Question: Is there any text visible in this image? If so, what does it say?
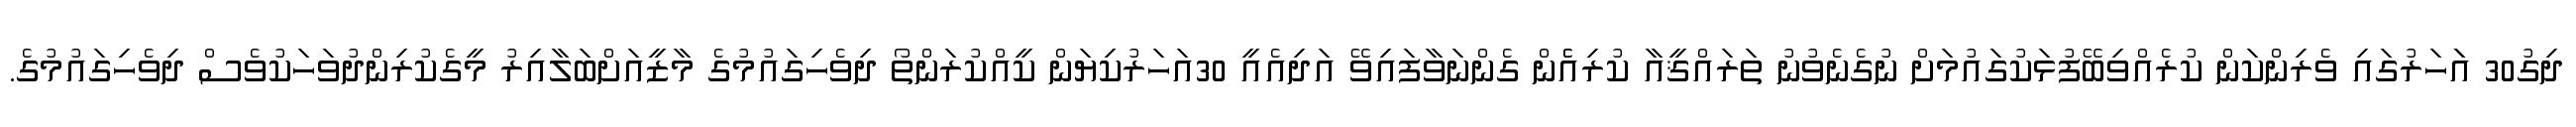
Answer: ދިގު30 އަަހަރުގައި ވެރިންކަން ކުރެއްވިބޭފުޅަކުގައުމަށް ނުގެނެވުނު ތަރައްޤީއާ ކުރިއެެން ގެންނަވާފައިވޭ އަދިއެއީ 30އަހަރުކިޔަން ކީއްކުރަންތޯ ދިވެހިގައުމުގެ މާޒީއަށްބަލާއިރު މީގެކުރިންދުވަހަކުވެސް ދިވެހިގައުމުގެ.